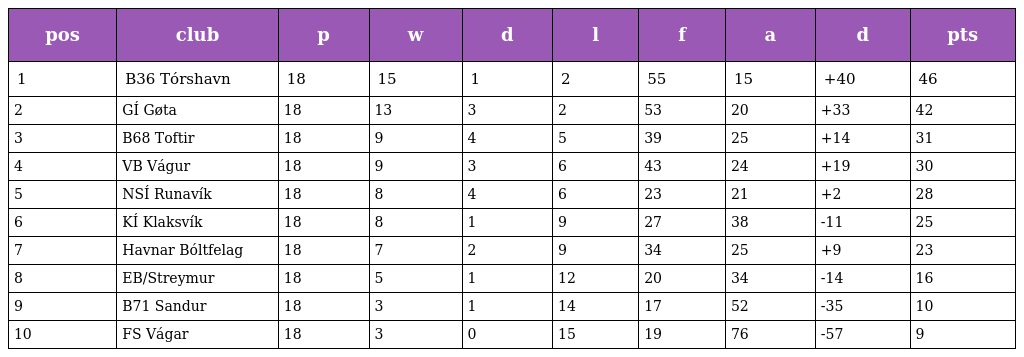
| pos | club | p | w | d | l | f | a | d | pts |
 | --- | --- | --- | --- | --- | --- | --- | --- | --- | --- |
 | 1 | B36 Tórshavn | 18 | 15 | 1 | 2 | 55 | 15 | +40 | 46 |
 | 2 | GÍ Gøta | 18 | 13 | 3 | 2 | 53 | 20 | +33 | 42 |
 | 3 | B68 Toftir | 18 | 9 | 4 | 5 | 39 | 25 | +14 | 31 |
 | 4 | VB Vágur | 18 | 9 | 3 | 6 | 43 | 24 | +19 | 30 |
 | 5 | NSÍ Runavík | 18 | 8 | 4 | 6 | 23 | 21 | +2 | 28 |
 | 6 | KÍ Klaksvík | 18 | 8 | 1 | 9 | 27 | 38 | -11 | 25 |
 | 7 | Havnar Bóltfelag | 18 | 7 | 2 | 9 | 34 | 25 | +9 | 23 |
 | 8 | EB/Streymur | 18 | 5 | 1 | 12 | 20 | 34 | -14 | 16 |
 | 9 | B71 Sandur | 18 | 3 | 1 | 14 | 17 | 52 | -35 | 10 |
 | 10 | FS Vágar | 18 | 3 | 0 | 15 | 19 | 76 | -57 | 9 |